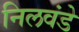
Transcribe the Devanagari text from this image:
निलवंडे